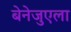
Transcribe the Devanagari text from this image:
बेनेजुएला